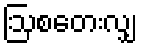
ဩစတေးလျှ